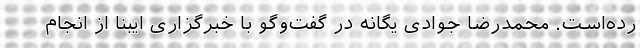
رده‌است. محمدرضا جوادی یگانه در گفت‌وگو با خبرگزاری ایبنا از انجام